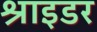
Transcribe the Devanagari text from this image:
श्राइडर